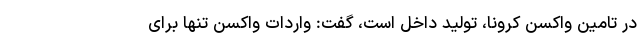
در تامین واکسن کرونا، تولید داخل است، گفت: واردات واکسن تنها برای